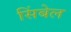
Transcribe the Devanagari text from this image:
सिंबेल